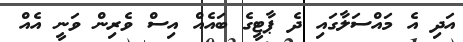
އަދި އެ މައްސަލާގައި ދެ ޕާޓީގެ ބައެއް އިސް ވެރިން ވަނީ އެއް